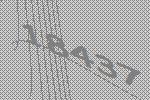
18437